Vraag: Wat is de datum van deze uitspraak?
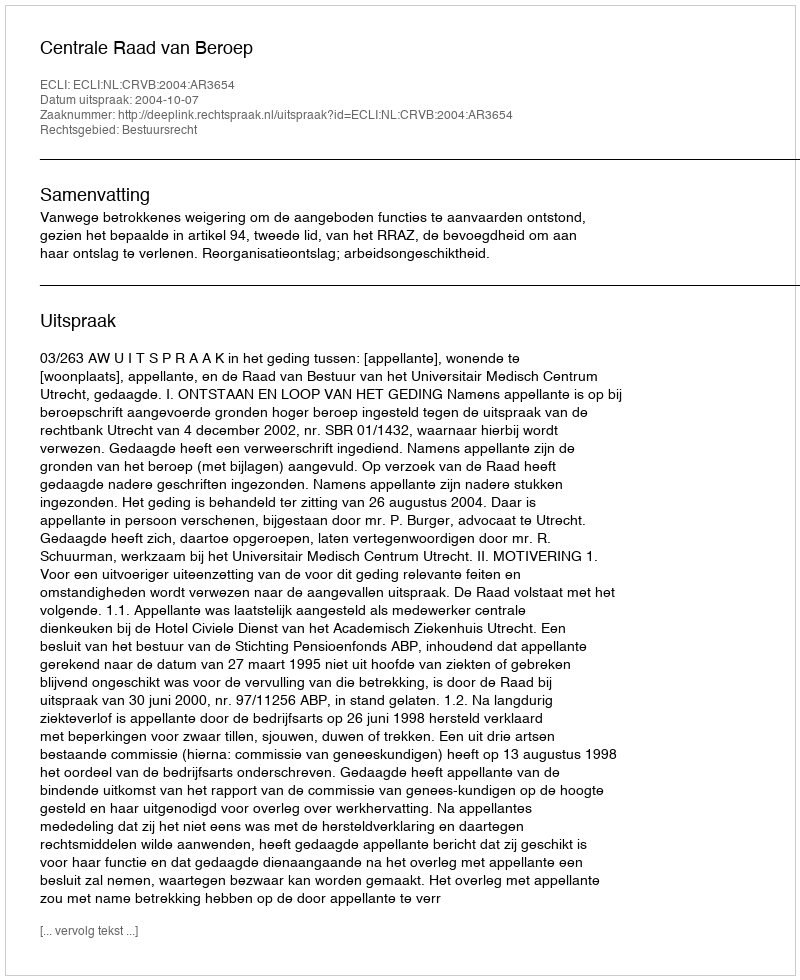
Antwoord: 2004-10-07